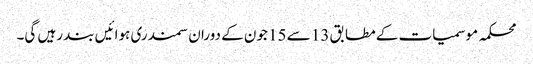
محکمہ موسمیات کے مطابق 13 سے 15 جون کے دوران سمندری ہوائیں بند رہیں گی۔